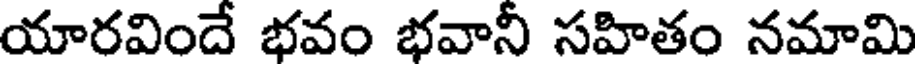
యారవిందే భవం భవానీ సహితం నమామి